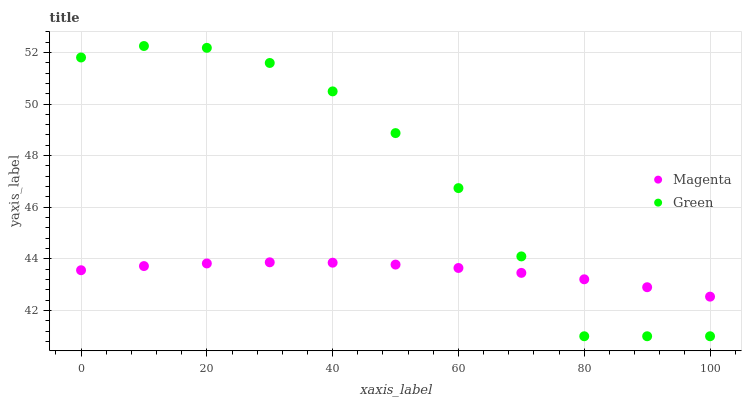
| xaxis_label | Magenta | Green |
 | --- | --- | --- |
 | 0 | 43.6 | 51.8 |
 | 10 | 43.7 | 52.2 |
 | 20 | 43.8 | 52.2 |
 | 30 | 43.9 | 51.6 |
 | 40 | 43.9 | 50.5 |
 | 50 | 43.8 | 48.9 |
 | 60 | 43.6 | 46.7 |
 | 70 | 43.5 | 44.1 |
 | 80 | 43.2 | 41 |
 | 90 | 42.9 | 41 |
 | 100 | 42.5 | 41 |